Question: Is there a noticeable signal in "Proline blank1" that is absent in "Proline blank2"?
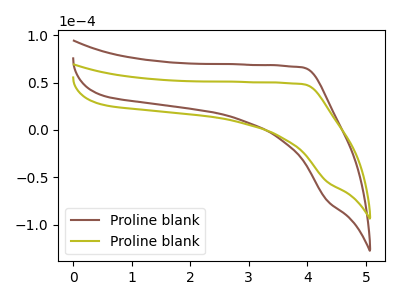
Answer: <think>The brown curve "Proline blank1" has no peaks. The olive curve "Proline blank2" has no peaks.
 Neither "Proline blank1" or "Proline blank2" have any peaks.</think>
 <answer>No, "Proline blank1" and "Proline blank2" don't appear to be significantly different in shape</answer>
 <eval>no_change</eval>